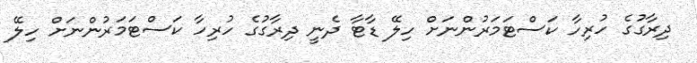
ދިރާގުގެ ހުރިހާ ކަސްޓަމަރުންނަށް ހިލޭ ޑާޓާ ދެނީ ދިރާގުގެ ހުރިހާ ކަސްޓަމަރުންނަށް ހިލޭ